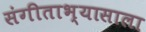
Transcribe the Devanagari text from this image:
संगीताभ्यासाला